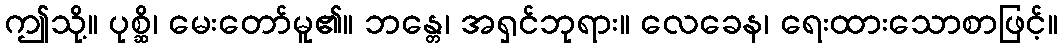
ဤသို့။ ပုစ္ဆိ၊ မေးတော်မူ၏။ ဘန္တေ၊ အရှင်ဘုရား။ လေခေန၊ ရေးထားသောစာဖြင့်။